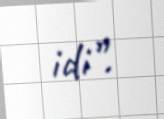
idi”.